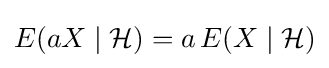
E(aX\mid {\mathcal {H}})=a\,E(X\mid {\mathcal {H}})